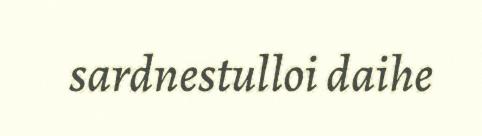
sardnestulloi daihe